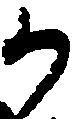
か